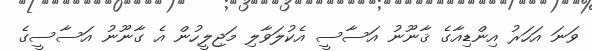
ވަނަ އަހަރު އިންޑިއާގެ ޤާނޫނު އަސާސީ އެކުލަވާލި މަޖިލީހުން އެ ގާނޫނު އަސާސީގެ